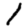
Digit: 1